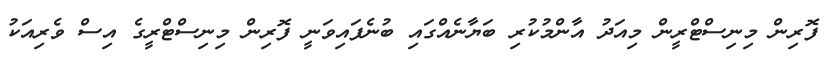
ފޮރިން މިނިސްޓްރީން މިއަދު އާންމުކުރި ބަޔާނެއްގައި ބުނެފައިވަނީ ފޮރިން މިނިސްޓްރީގެ އިސް ވެރިއަކު